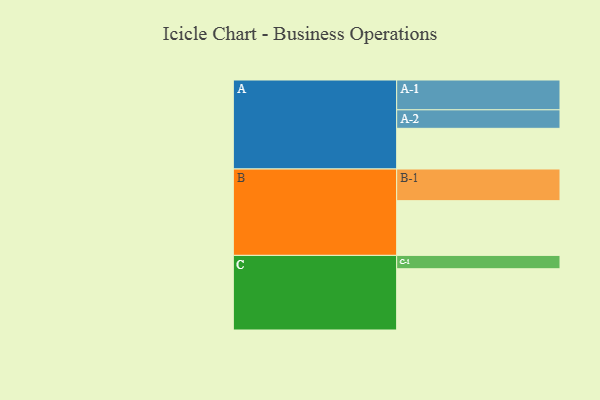
{"axis": {"x": "Segment", "y": "Value"}, "legend": ["", "A", "B", "C"], "data": [{"x": "A", "y": 356, "type": ""}, {"x": "B", "y": 479, "type": ""}, {"x": "C", "y": 536, "type": ""}, {"x": "A-1", "y": 261, "type": "A"}, {"x": "A-2", "y": 162, "type": "A"}, {"x": "B-1", "y": 277, "type": "B"}, {"x": "C-1", "y": 117, "type": "C"}]}